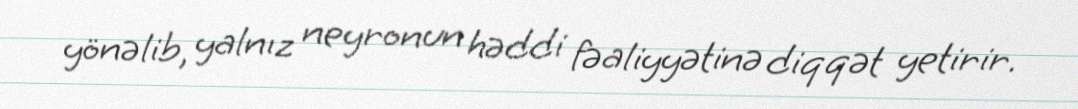
yönəlib, yalnız neyronun həddi fəaliyyətinə diqqət yetirir.